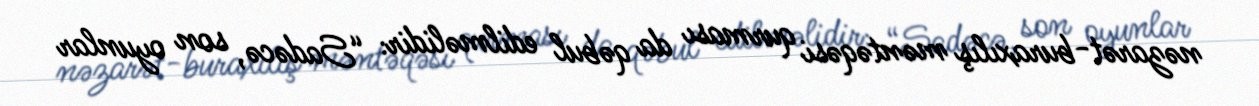
nəzarət-buraxılış məntəqəsi qurması da qəbul edilməlidir: “Sadəcə, son oyunlar